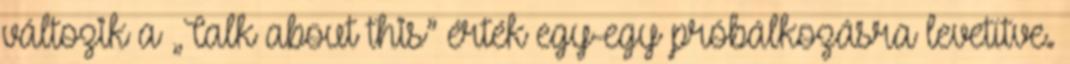
változik a „Talk about this” érték egy-egy próbálkozásra levetítve.